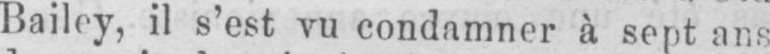
Bailey, il s’est vu condamner à sept ans